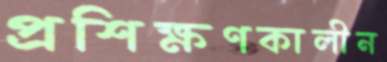
প্রশিক্ষণকালীন